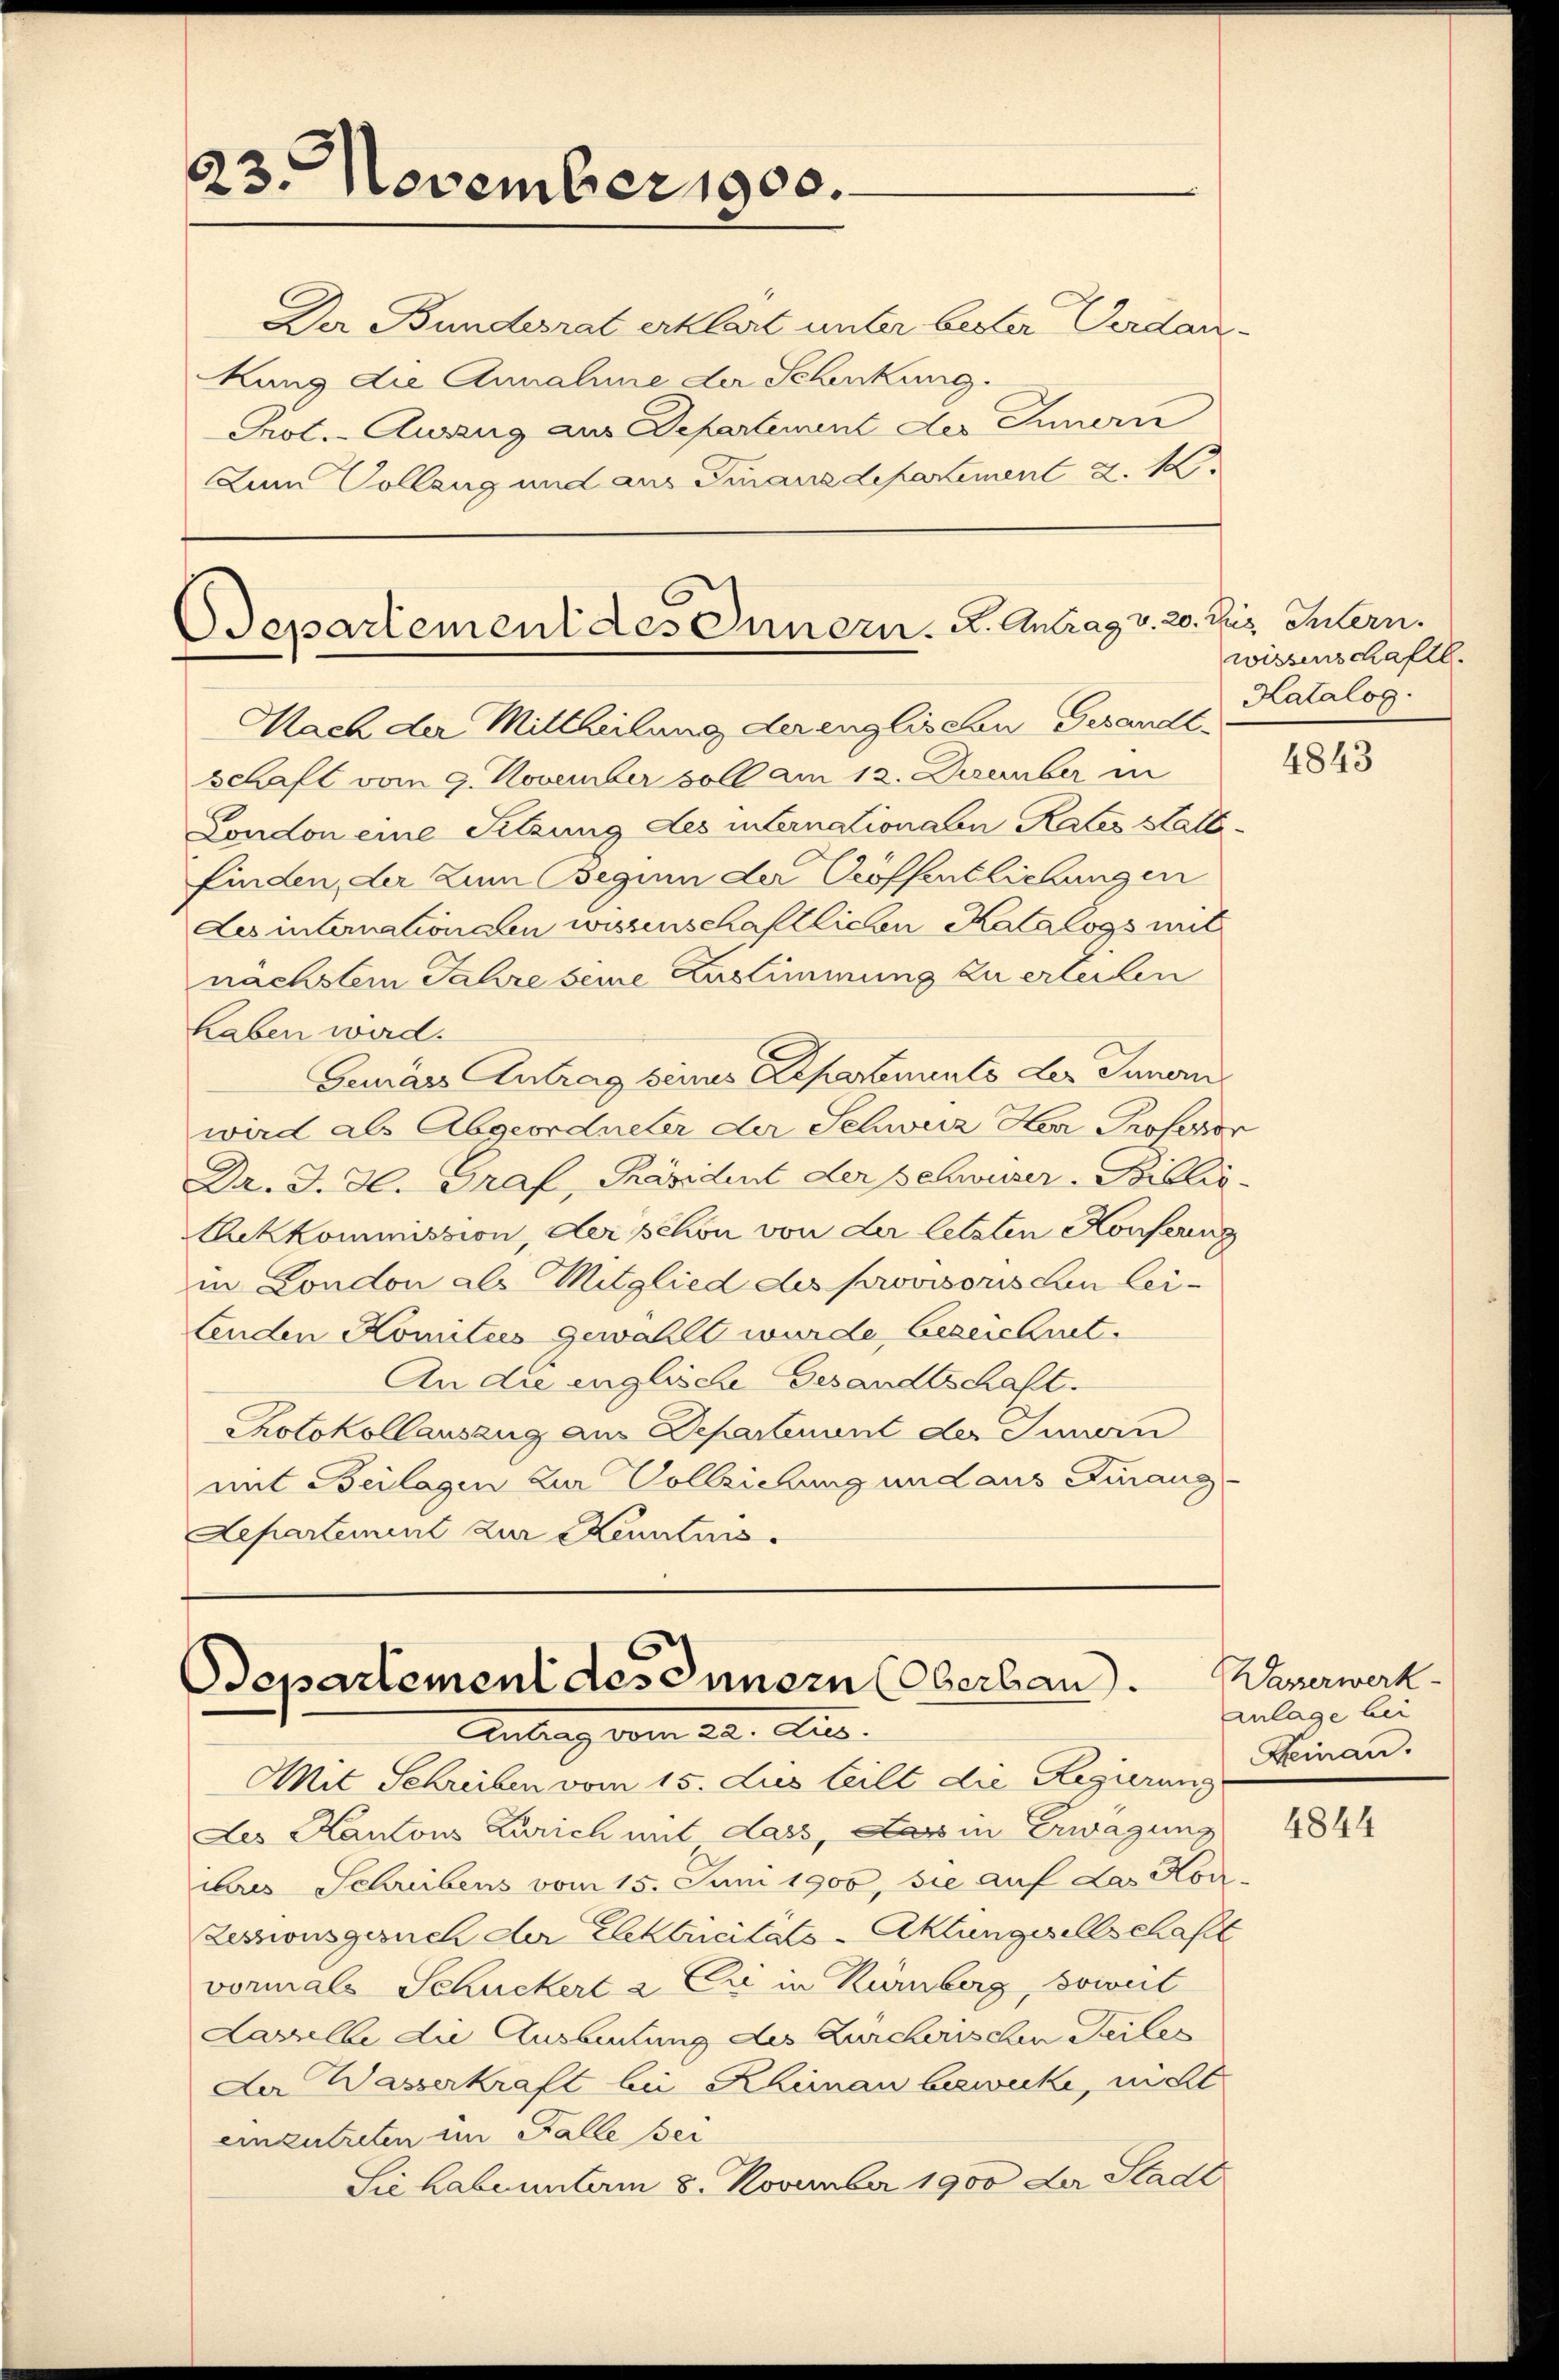
23. November 1900.

Der Bundesrat erklärt unter bester Verdan
Rung die Annahme der Schenkung.
Prot. - Auszug aus Departement des Innern
Dem Vollzug und aus Finanzdepartement d. 1

Nach der Mittheilung der englischen Gesandtschaft vom 9. November voll am 12. Dezember in
London eine Sitzung des internationalen Rates Haltfinden, der zum Beginn der Proffentlichungen
Les internationalen wissenschaftlichen Katalogs mit
nächstem Jahre seine Zustimmung zu erleiten
haben wird.
Geurärs Antrag seines Repartements der Innern,
wird als Abgeordneter der Schweiz Herr Professor
Dr. J. J. Graf, Präsident der Schwuser-Biblio-
Ackkommission, der schon von der letzten Konfering
in London als Mitglied des provisorischen lei-
tenden Komitees gewählt wurde bezeichnet.
An die englische Gesandtschaft.
Protokollauszug aus Departenant der Innern
mit Beilagen zur Vollziehung und aus Finanz-
Departement zur Kenntnis.

Departement des Innern. K. Antrag v. 20. Dez. Intern.

Departement des Innern Oberband.
Antrag vom 22. Aus

Mit Schreiben vom 15. Jus teilt die Regierung
des Kantons Zürich mit dass, dass in Erwägung
ibres Schreibens vom 15. Juni 1900, sie auf das Kon
Zessionsgesuch der Elektricitäts-Aktungesellschaft
vormals Schuckert & Cie in Kümberg, soweit
Laselbe die Ausbeutung des Zürcherischen Teiles
Der Wasserkraft bei Rheinau bezwecke, nicht
einzutreten im Falle Ber
Sie habe unterm 8. November 1900 der Stadt

wissenschaftl.
Katalog

4843

Waverwerk-
Anlage bei
Reinan.

4844